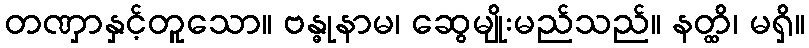
တဏှာနှင့်တူသော။ ဗန္ဓုနာမ၊ ဆွေမျိုးမည်သည်။ နတ္ထိ၊ မရှိ။